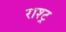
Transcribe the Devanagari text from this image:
राश्ट्र